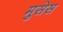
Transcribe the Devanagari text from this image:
मुसेस